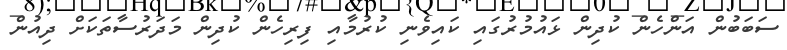
ސަބަބުން އަންހެން ކުދިން ޅައުމުރުގައި ކައިވެނި ކުރުމާއި ފިރިހެން ކުދިން މަދަރުސާތަކަށް ދިއުން